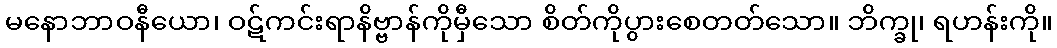
မနောဘာဝနီယော၊ ဝဋ်ကင်းရာနိဗ္ဗာန်ကိုမှီသော စိတ်ကိုပွားစေတတ်သော။ ဘိက္ခု၊ ရဟန်းကို။